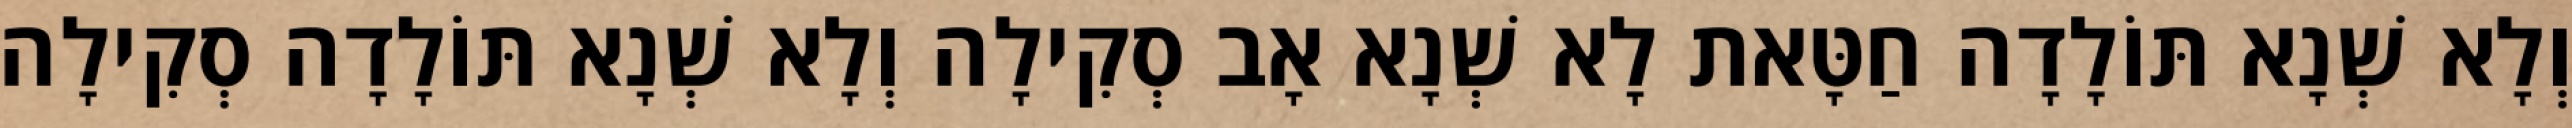
וְלָא שְׁנָא תּוֹלָדָה חַטָּאת לָא שְׁנָא אָב סְקִילָה וְלָא שְׁנָא תּוֹלָדָה סְקִילָה